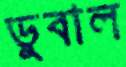
ডুবাল